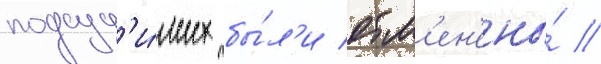
подсуд'и́мых бы́л'и отм'ен'ены́ //